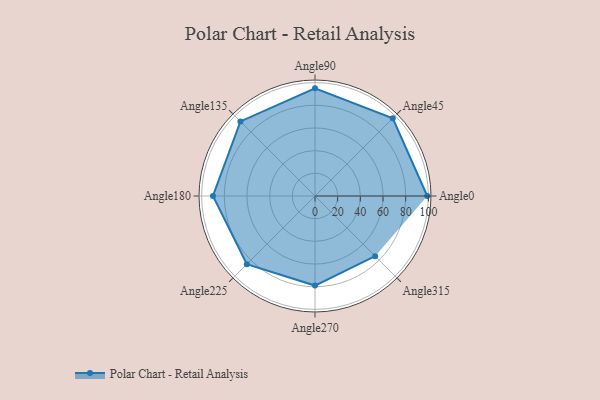
{"axis": {"x": "Angle", "y": "Radius"}, "legend": [""], "data": [{"x": "Angle0", "y": 99.0, "type": ""}, {"x": "Angle45", "y": 97.0, "type": ""}, {"x": "Angle90", "y": 95.0, "type": ""}, {"x": "Angle135", "y": 93.0, "type": ""}, {"x": "Angle180", "y": 90.0, "type": ""}, {"x": "Angle225", "y": 85.0, "type": ""}, {"x": "Angle270", "y": 79.0, "type": ""}, {"x": "Angle315", "y": 75.0, "type": ""}]}